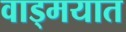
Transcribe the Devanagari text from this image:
वाड्मयात